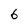
Character: 6